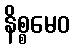
နိစ္စမေဝ